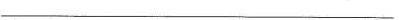
___